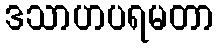
ဒသာဟပရမတာ